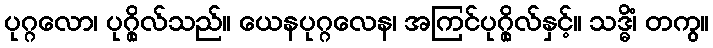
ပုဂ္ဂလော၊ ပုဂ္ဂိုလ်သည်။ ယေနပုဂ္ဂလေန၊ အကြင်ပုဂ္ဂိုလ်နှင့်။ သဒ္ဓိံ၊ တကွ။